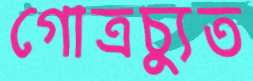
গোত্রচ্যুত